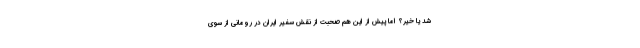
شد یا خیر؟ اما پیش از این هم صحبت از نقش سفیر ایران در رومانی از سوی